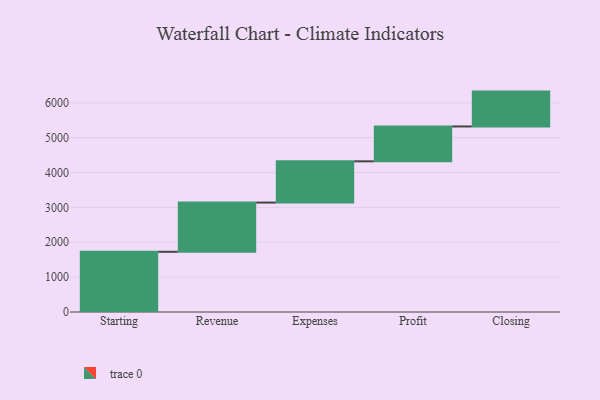
{"axis": {"x": "Step", "y": "Value"}, "legend": [""], "data": [{"x": "Starting", "y": 1727.0, "type": ""}, {"x": "Revenue", "y": 1412.0, "type": ""}, {"x": "Expenses", "y": 1183.0, "type": ""}, {"x": "Profit", "y": 1000, "type": ""}, {"x": "Closing", "y": 1000, "type": ""}]}